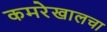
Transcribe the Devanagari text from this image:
कमरेखालचा